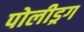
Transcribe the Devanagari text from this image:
पोलीड्रग